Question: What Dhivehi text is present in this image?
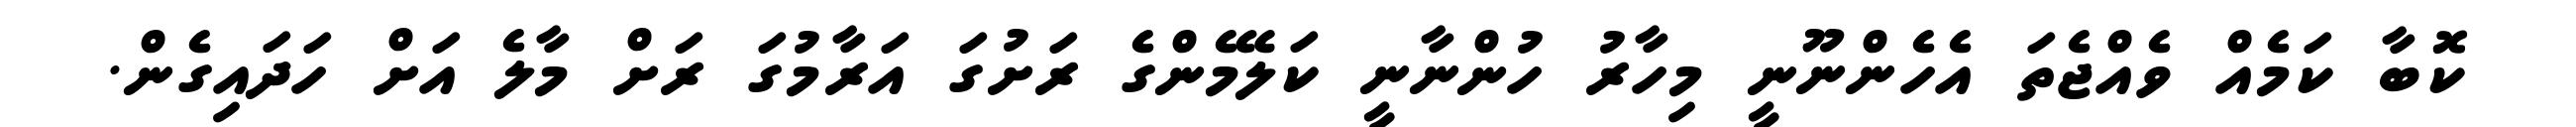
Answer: ކޮބާ ކަމެއް ވެއްޖެތަ އެހެންނޫނީ މިހާރު ހުންނާނީ ކަލޭމެންގެ ރަށުގަ އަރާމުގަ ރަށް މާލެ އަށް ހަދައިގެން.